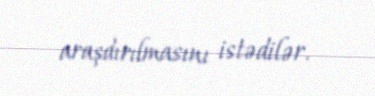
araşdırılmasını istədilər.